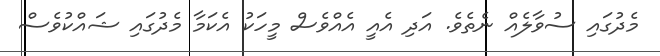
މެދުގައި ސުވާލެއް ނެތެވެ. އަދި އެއީ އެއްވެސް މީހަކު އެކަމާ މެދުގައި ޝައްކުވެސް